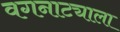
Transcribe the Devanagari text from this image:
वगनाट्याला